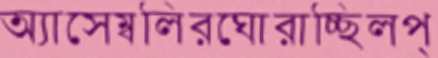
অ্যাসেম্বলিরঘোরাচ্ছিলপ্